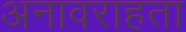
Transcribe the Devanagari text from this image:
अनावराहता